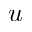
u